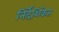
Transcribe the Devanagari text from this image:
निर्देशिकेत